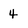
Character: 4